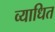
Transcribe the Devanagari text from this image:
व्याधित